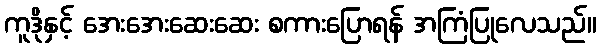
ကူဒိုနှင့် အေးအေးဆေးဆေး စကားပြောရန် အကြံပြုလေသည်။